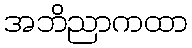
အဘိညာကထာ